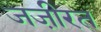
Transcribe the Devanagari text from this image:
जजी़रत